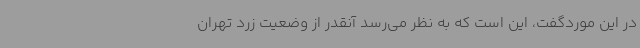
در این موردگفت، این است که به نظر می‌رسد آنقدر از وضعیت زرد تهران